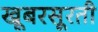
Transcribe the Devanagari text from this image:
खूबरसूरती